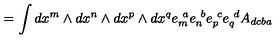
= \int d x ^ { m } \wedge d x ^ { n } \wedge d x ^ { p } \wedge d x ^ { q } e _ { m } ^ { \ a } e _ { n } ^ { \ b } e _ { p } ^ { \ c } e _ { q } ^ { \ d } A _ { d c b a }